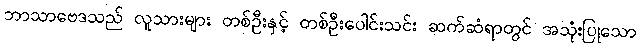
ဘာသာဗေဒသည် လူသားများ တစ်ဦးနှင့် တစ်ဦးပေါင်းသင်း ဆက်ဆံရာတွင် အသုံးပြုသော